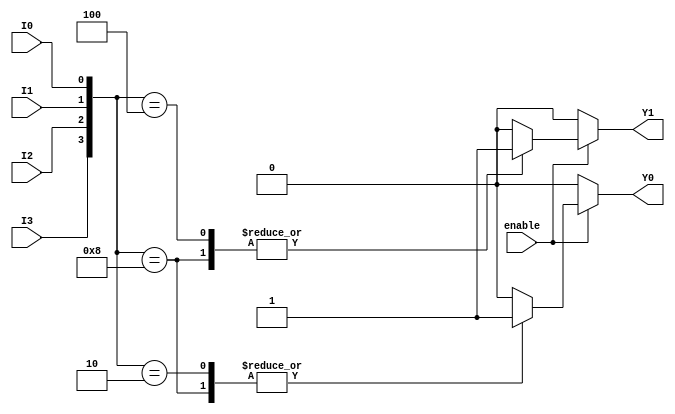
module encoder_4to2 (
    input wire I0,    // Input line 0
    input wire I1,    // Input line 1
    input wire I2,    // Input line 2
    input wire I3,    // Input line 3
    input wire enable, // Enable signal
    output reg Y0,    // Output line 0
    output reg Y1     // Output line 1
);

always @(*) begin
    if (!enable) begin
        // If enable is low, output default state (00)
        Y0 = 1'b0;
        Y1 = 1'b0;
    end else begin
        // Priority encoding
        case ({I3, I2, I1, I0}) // Concatenate inputs for priority checking
            4'b1000: begin // I3 is high
                Y0 = 1'b1;
                Y1 = 1'b1;
            end
            4'b0100: begin // I2 is high
                Y0 = 1'b0;
                Y1 = 1'b1;
            end
            4'b0010: begin // I1 is high
                Y0 = 1'b1;
                Y1 = 1'b0;
            end
            4'b0001: begin // I0 is high
                Y0 = 1'b0;
                Y1 = 1'b0;
            end
            default: begin // No input is high or multiple inputs are high
                Y0 = 1'b0;
                Y1 = 1'b0; // Default output when no valid input is active
            end
        endcase
    end
end

endmodule